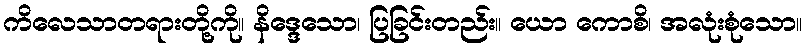
ကိလေသာတရားတို့ကို။ နိဒ္ဒေသော၊ ပြခြင်းတည်း။ ယော ကောစိ၊ အလုံးစုံသော။